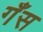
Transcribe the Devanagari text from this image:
गँस